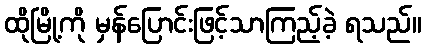
ထိုမြို့ကို မှန်ပြောင်းဖြင့်သာကြည့်ခဲ့ ရသည်။